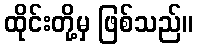
ထိုင်းတို့မှ ဖြစ်သည်။